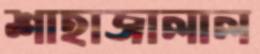
শাহাজালাল